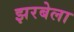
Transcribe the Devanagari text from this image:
झरबेला